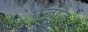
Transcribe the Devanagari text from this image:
ऐज़ाज़